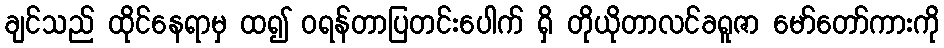
ချင်သည် ထိုင်နေရာမှ ထ၍ ဝရန်တာပြတင်းပေါက် ရှိ တိုယိုတာလင်ခရူဇာ မော်တော်ကားကို